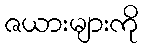
ဇယားများကို